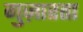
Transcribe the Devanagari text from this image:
गुज़ारता